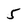
Character: 5